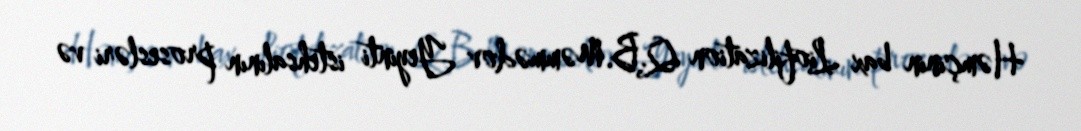
Həmçinin bax Liofilization Q.B.Məmmədov Yeyinti istehsalının prosesləri və